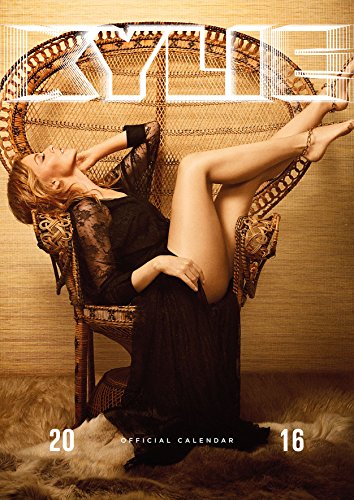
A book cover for The Official Kylie 2016 A3 Calendar; Calendars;